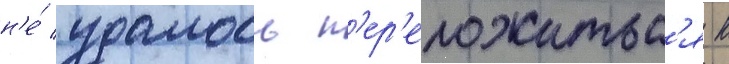
н'е́ удалось п'ер'еложитьс'я к